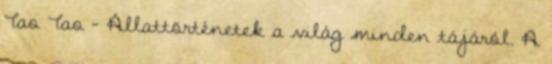
Tao Tao – Állattörténetek a világ minden tájáról. A